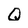
Character: Q